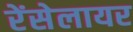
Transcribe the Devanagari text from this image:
रेंसेलायर